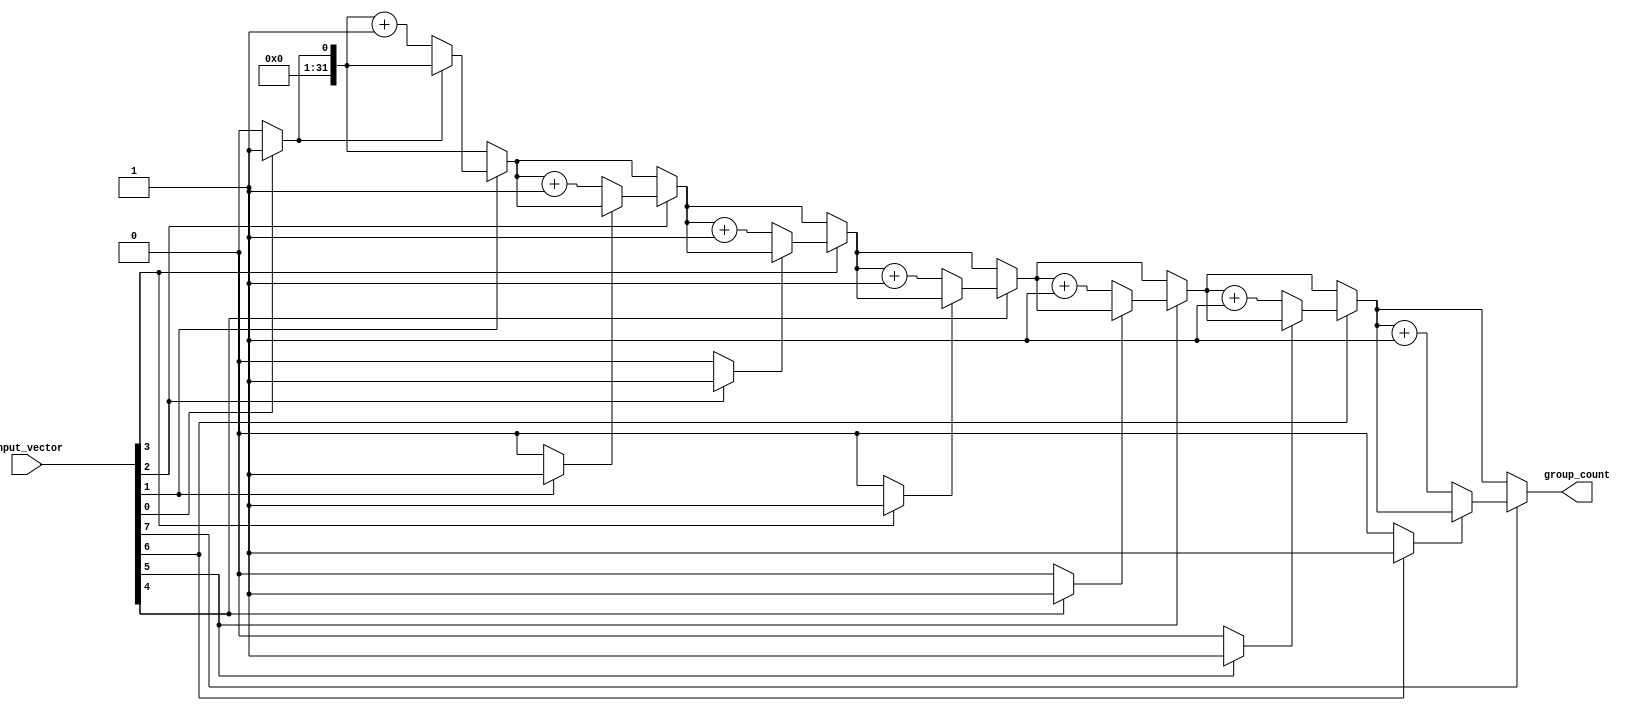
module group_of_ones (
    input  wire [N-1:0] input_vector,  // Input binary vector of size N
    output reg  [31:0] group_count       // Output count of groups of '1's
);
    parameter N = 8; // Define the size of the input vector (can be changed as needed)

    integer i;
    reg in_group;

    always @(*) begin
        group_count = 0; // Initialize group count
        in_group = 0;    // Initialize in_group flag

        // Iterate through each bit of the input vector
        for (i = 0; i < N; i = i + 1) begin
            if (input_vector[i] == 1'b1) begin
                if (!in_group) begin
                    group_count = group_count + 1; // New group found
                    in_group = 1;                  // Set in_group to true
                end
            end else begin
                in_group = 0; // End of current group
            end
        end
    end
endmodule